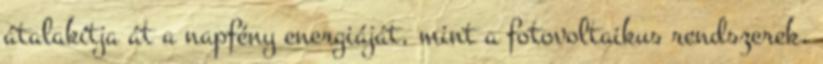
átalakítja át a napfény energiáját, mint a fotovoltaikus rendszerek,